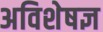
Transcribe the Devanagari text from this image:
अविशेषज्ञ